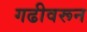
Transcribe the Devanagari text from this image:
गढीवरून